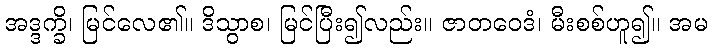
အဒ္ဒက္ခိ၊ မြင်လေ၏။ ဒိသွာစ၊ မြင်ပြီး၍လည်း။ ဇာတဝေဒံ၊ မီးစစ်ဟူ၍။ အမ